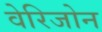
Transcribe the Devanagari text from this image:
वेरिजोन